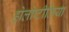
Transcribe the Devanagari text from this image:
होलोप्टीलिया